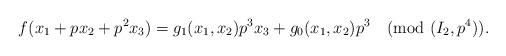
LaTeX: \begin{align*} f(x_1 + p x_2 + p^2 x_3) = g_{1} (x_1, x_2) p^3 x_3 + g_{0} (x_1, x_2) p^3 \pmod{(I_2, p^4)}. \end{align*}